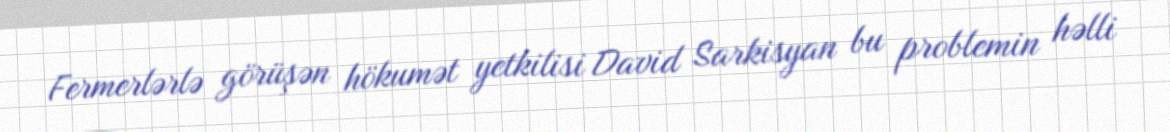
Fermerlərlə görüşən hökumət yetkilisi David Sarkisyan bu problemin həlli